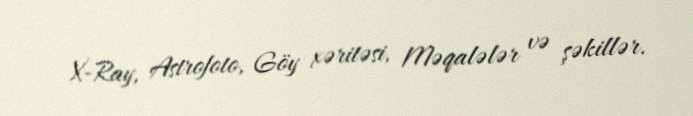
X-Ray, Astrofoto, Göy xəritəsi, Məqalələr və şəkillər.